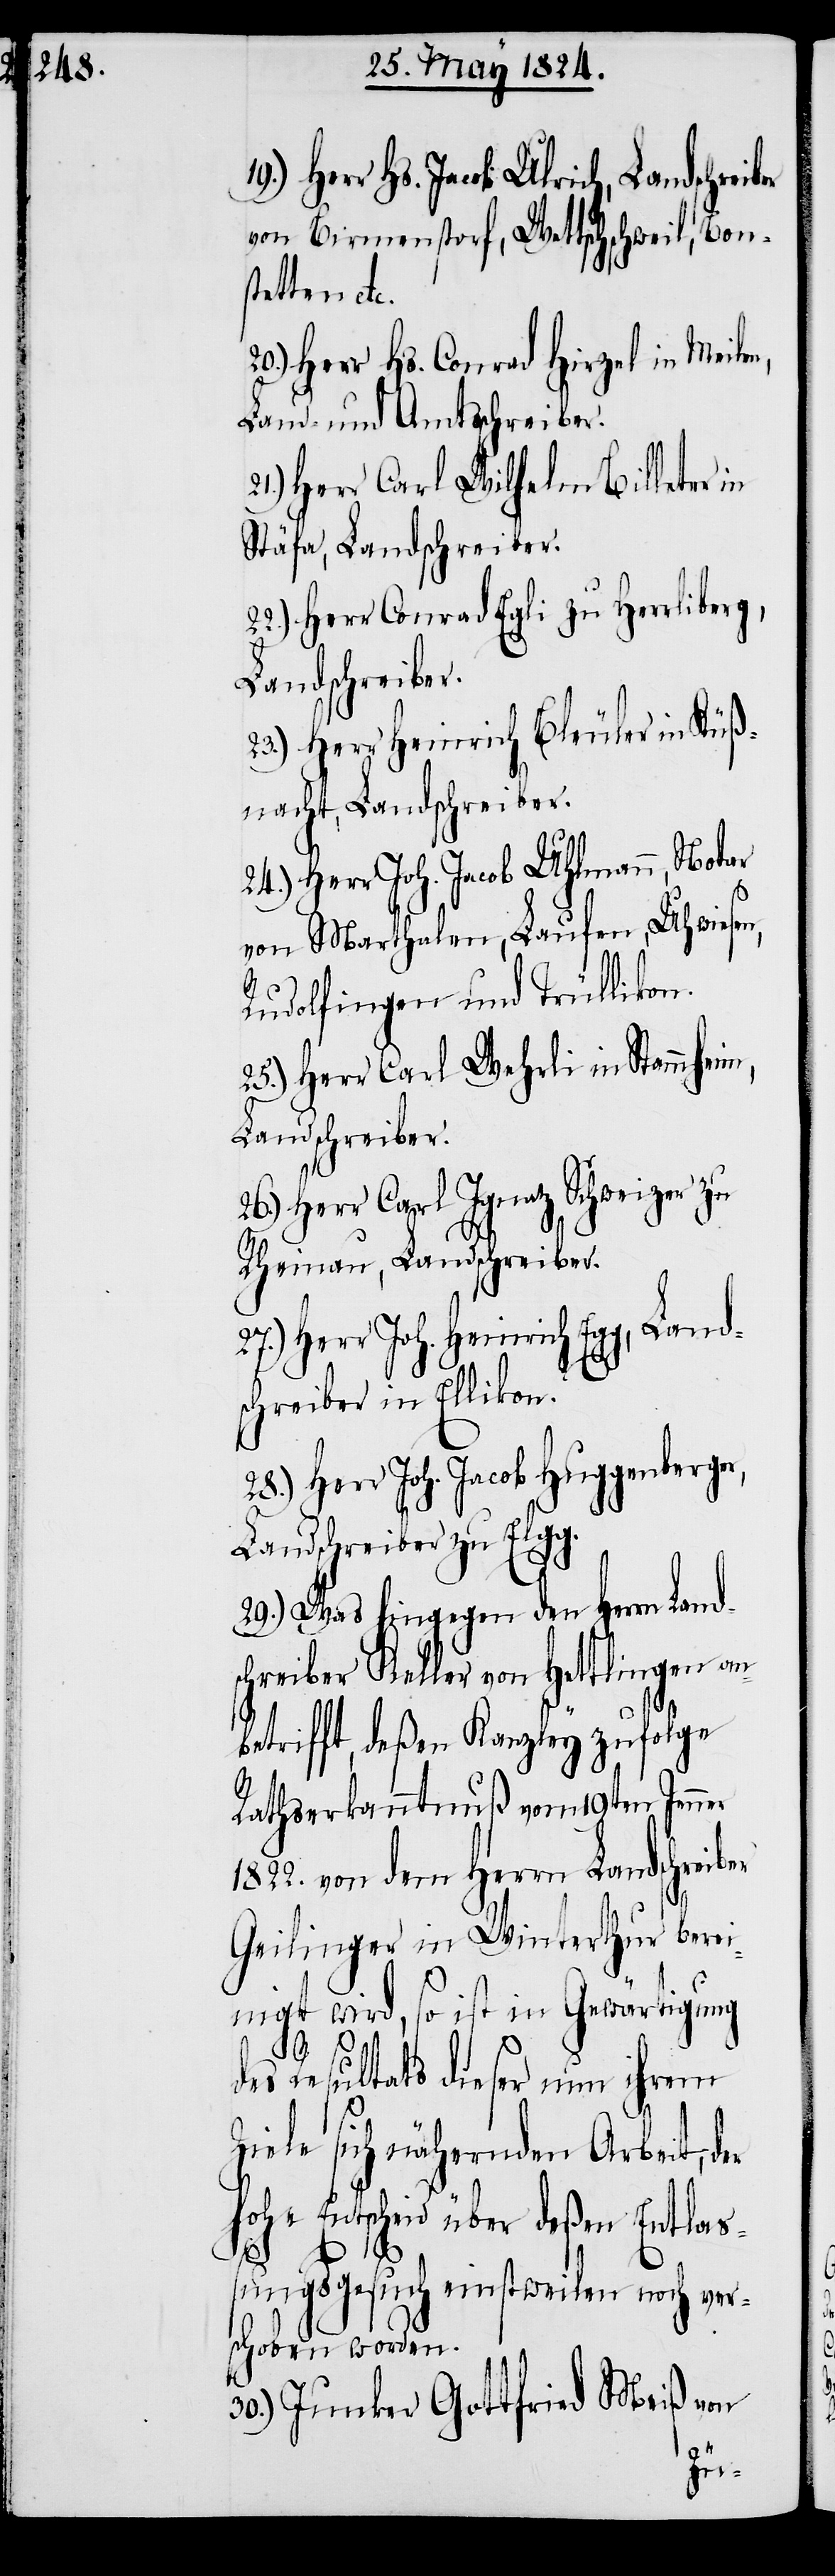
Herr Hs. Jacob Ulrich, Landschreib¬
von Birmenstorf, Wettschweil, Bons¬
tetten etc.
Herr Hs. Conrad Hirzel in Meilen,
Land- und Amtsschreiber.
Herr Carl Wilhelm Billeter in
Stäfa, Landschreiber.
22.) Herr Conrad Egli zu Herrliberg,
Landschreiber.
23.) Herr Heinrich Bleuler in Küß¬
nacht, Landschreiber.
24.) Herr Joh. Jacob Uhlmann, Notar
von Marthalen, Laufen, Uhwiesen,
Rudolfingen und Trüllikon.
25.) Herr Carl Wehrli in Stammheim,
Landschreiber.
Herr Carl Ignatz Schweizer zu
Rheinau, Landschreiber.
27.) Herr Joh. Heinrich Egg, Land¬
schreiber in Ellikon.
28.) Herr Joh. Jacob Hugenberger,
Landschreiber zu Elgg.
29.) Was hingegen den Herrn Land¬
schreiber Keller von Hettlingen an¬
betrifft, deßen Kanzley zufolge
Rathserkanntnuß vom 19ten Jenner
1822. von dem Herrn Landschreiber
Geilinger in Winterthur berei¬
nigt wird, so ist in Gewärtigung
des Resultats dieser nun ihrem
Ziele sich nähernden Arbeit, der
hohe Entscheid über deßen Entlaß¬
ungsgesuch einstweilen noch ver¬
schoben worden.
30.) Junker Gottfried Meiß von
er